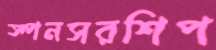
স্পনসরশিপ